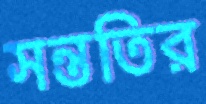
সন্ততির